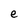
Character: e